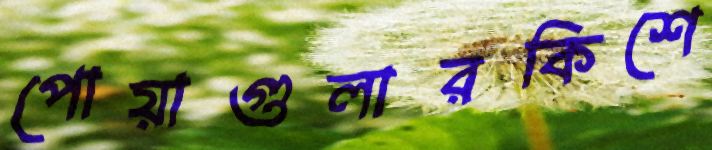
পোয়াগুলারকিশে